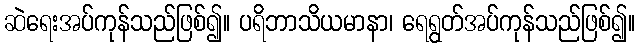
ဆဲရေးအပ်ကုန်သည်ဖြစ်၍။ ပရိဘာသိယမာနာ၊ ရေရွတ်အပ်ကုန်သည်ဖြစ်၍။